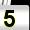
Digit: 5